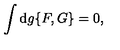
\int \mathrm { d } g \{ F , G \} = 0 ,